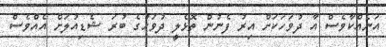
އަނެއްކާވެސް އާ ދުވަހަކަށް އިރު ފެނުން ތޮޅެލީ ދުވަހުގެ ބުރަ ޝެޑިއުލަށް އެއްވެސް